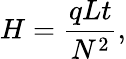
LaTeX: H={\frac{qLt}{N^{2}}},